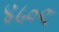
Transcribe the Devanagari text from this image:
४८०९